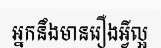
អ្នកនឹងមានរឿងអ្វីល្អ